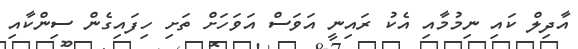
އާދިލް ކައި ނިމުމާއި އެކު ރައިނީ އަވަސް އަވަހަށް ތަށި ހިފައިގެން ސިންކާއި